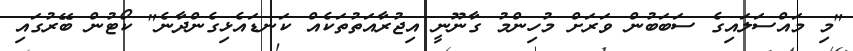
"މި މައްސަލައިގެ ސަބަބުން ވަރަށް މުހިންމު ގާނޫނީ އިޖުރާއަތުތަކެއް ކަނޑައެޅިގެންދާނެ" ކޯޓުން ބޭރުގައި